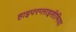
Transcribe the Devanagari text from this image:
हाइपरग्लाइसीमिया